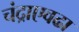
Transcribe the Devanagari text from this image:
चंद्राएवढा